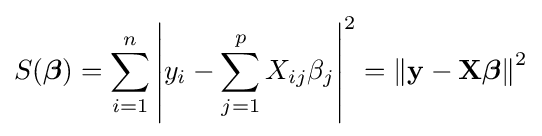
S({\boldsymbol {\beta }})=\sum _{i=1}^{n}\left|y_{i}-\sum _{j=1}^{p}X_{ij}\beta _{j}\right|^{2}=\left\|\mathbf {y} -\mathbf {X} {\boldsymbol {\beta }}\right\|^{2}